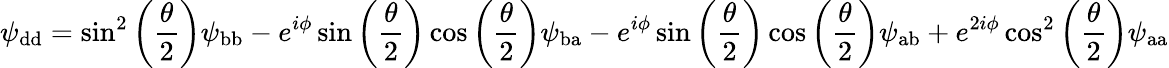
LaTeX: \psi_{\mathrm{dd}}=\sin^{2}\left(\frac{\theta}{2}\right)\psi_{\mathrm{bb}}-e^{i\phi}\sin\left(\frac{\theta}{2}\right)\cos\left(\frac{\theta}{2}\right)\psi_{\mathrm{ba}}-e^{i\phi}\sin\left(\frac{\theta}{2}\right)\cos\left(\frac{\theta}{2}\right)\psi_{\mathrm{ab}}+e^{2i\phi}\cos^{2}\left(\frac{\theta}{2}\right)\psi_{\mathrm{aa}}